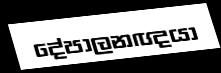
දේපාලනඥයා